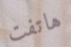
هاتفت